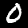
Digit: 0